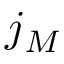
j _ { M }